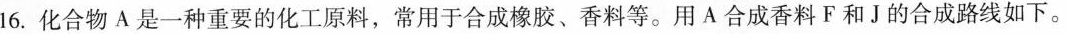
16.化合物A是一种重要的化工原料，常用于合成橡胶、香料等。用A合成香料F和J的合成路线如下。